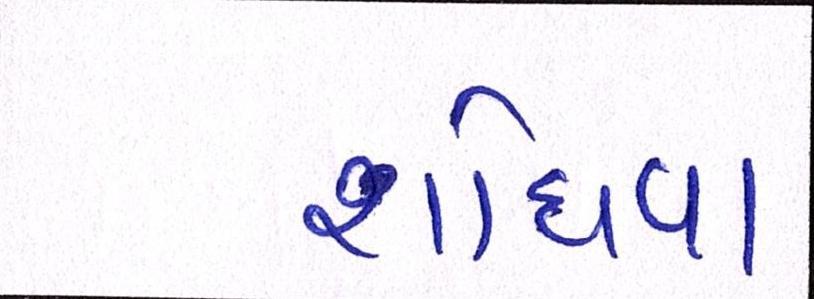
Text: શોધવા